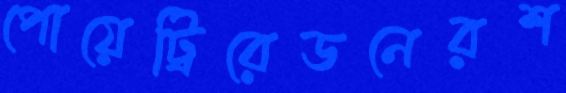
পোয়েট্রিরেডনেরশ